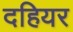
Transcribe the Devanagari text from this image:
दहियर